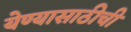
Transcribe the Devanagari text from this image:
येण्यासाठीची